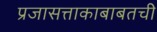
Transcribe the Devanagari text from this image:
प्रजासत्ताकाबाबतची